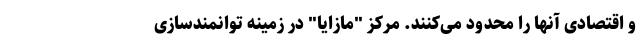
و اقتصادی آنها را محدود می‌کنند. مرکز "مازایا" در زمینه توانمندسازی